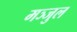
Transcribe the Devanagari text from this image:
मञ्जुल